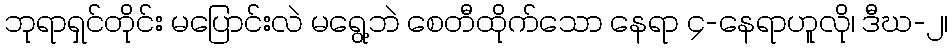
ဘုရာရှင်တိုင်း မပြောင်းလဲ မရွေ့ဘဲ စေတီထိုက်သော နေရာ ၄-နေရာဟူလို၊ ဒီဃ-၂၊